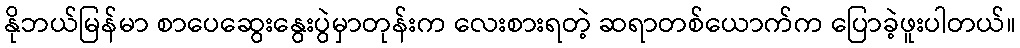
နိုဘယ်မြန်မာ စာပေဆွေးနွေးပွဲမှာတုန်းက လေးစားရတဲ့ ဆရာတစ်ယောက်က ပြောခဲ့ဖူးပါတယ်။